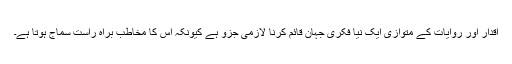
اقدار اور روایات کے متوازی ایک نیا فکری جہان قائم کرنا لازمی جزو ہے کیونکہ اس کا مخاطب براہِ راست سماج ہوتا ہے۔